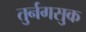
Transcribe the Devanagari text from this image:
तुर्नगसुक